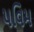
પવિમ